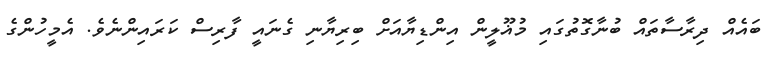
ބައެއް ދިރާސާތައް ބުނާގޮތުގައި މުޣޫލީން އިންޑިޔާއަށް ބިރިޔާނި ގެނައީ ފާރިސް ކަރައިންނެވެ. އެމީހުންގެ